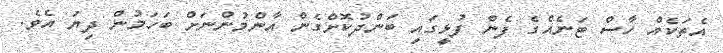
އެތަކެއް ހާސް ޓަނެއްގެ ފެން ފުޅީގައި ބަންދުކޮށްގެން އާންމުންނަށް ބަހަމުން ދިޔަ އެވެ.